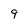
Character: 9